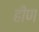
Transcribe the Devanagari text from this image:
हीण